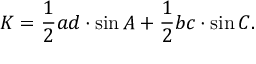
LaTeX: K = { \frac { 1 } { 2 } } a d \cdot \sin { A } + { \frac { 1 } { 2 } } b c \cdot \sin { C } .